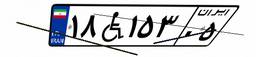
۱۸W۱۵۳۰۵